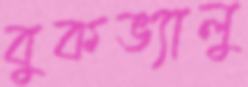
বুকভ্যালু